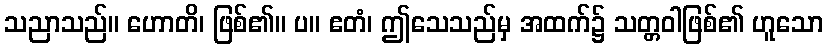
သညာသည်။ ဟောတိ၊ ဖြစ်၏။ ပ။ ဧတံ၊ ဤသေသည်မှ အထက်၌ သတ္တဝါဖြစ်၏ ဟူသော